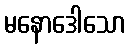
မနောဒေါသော